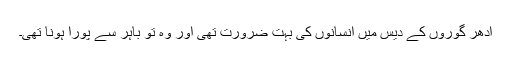
ادھر گوروں کے دیس میں انسانوں کی بہت ضرورت تھی اور وہ تو باہر سے پورا ہونا تھی۔